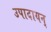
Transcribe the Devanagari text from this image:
उपादायन्